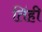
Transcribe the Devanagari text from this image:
तिंही